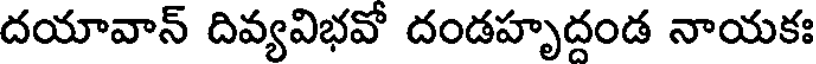
దయావాన్ దివ్యవిభవో దండహృదండ నాయకః